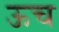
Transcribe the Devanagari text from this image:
ऊच